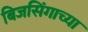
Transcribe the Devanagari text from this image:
बिजसिंगाच्या